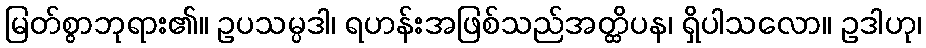
မြတ်စွာဘုရား၏။ ဥပသမ္ပဒါ၊ ရဟန်းအဖြစ်သည်အတ္ထိပန၊ ရှိပါသလော။ ဥဒါဟု၊